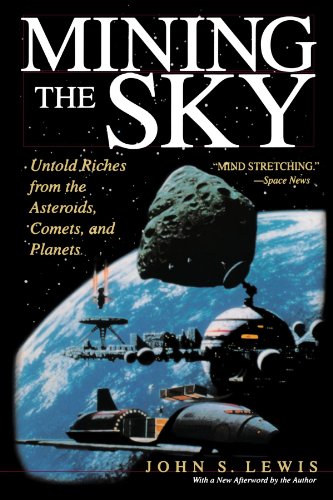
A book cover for Mining the Sky: Untold Riches From The Asteroids, Comets, And Planets (Helix Book); John S. Lewis; Science & Math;